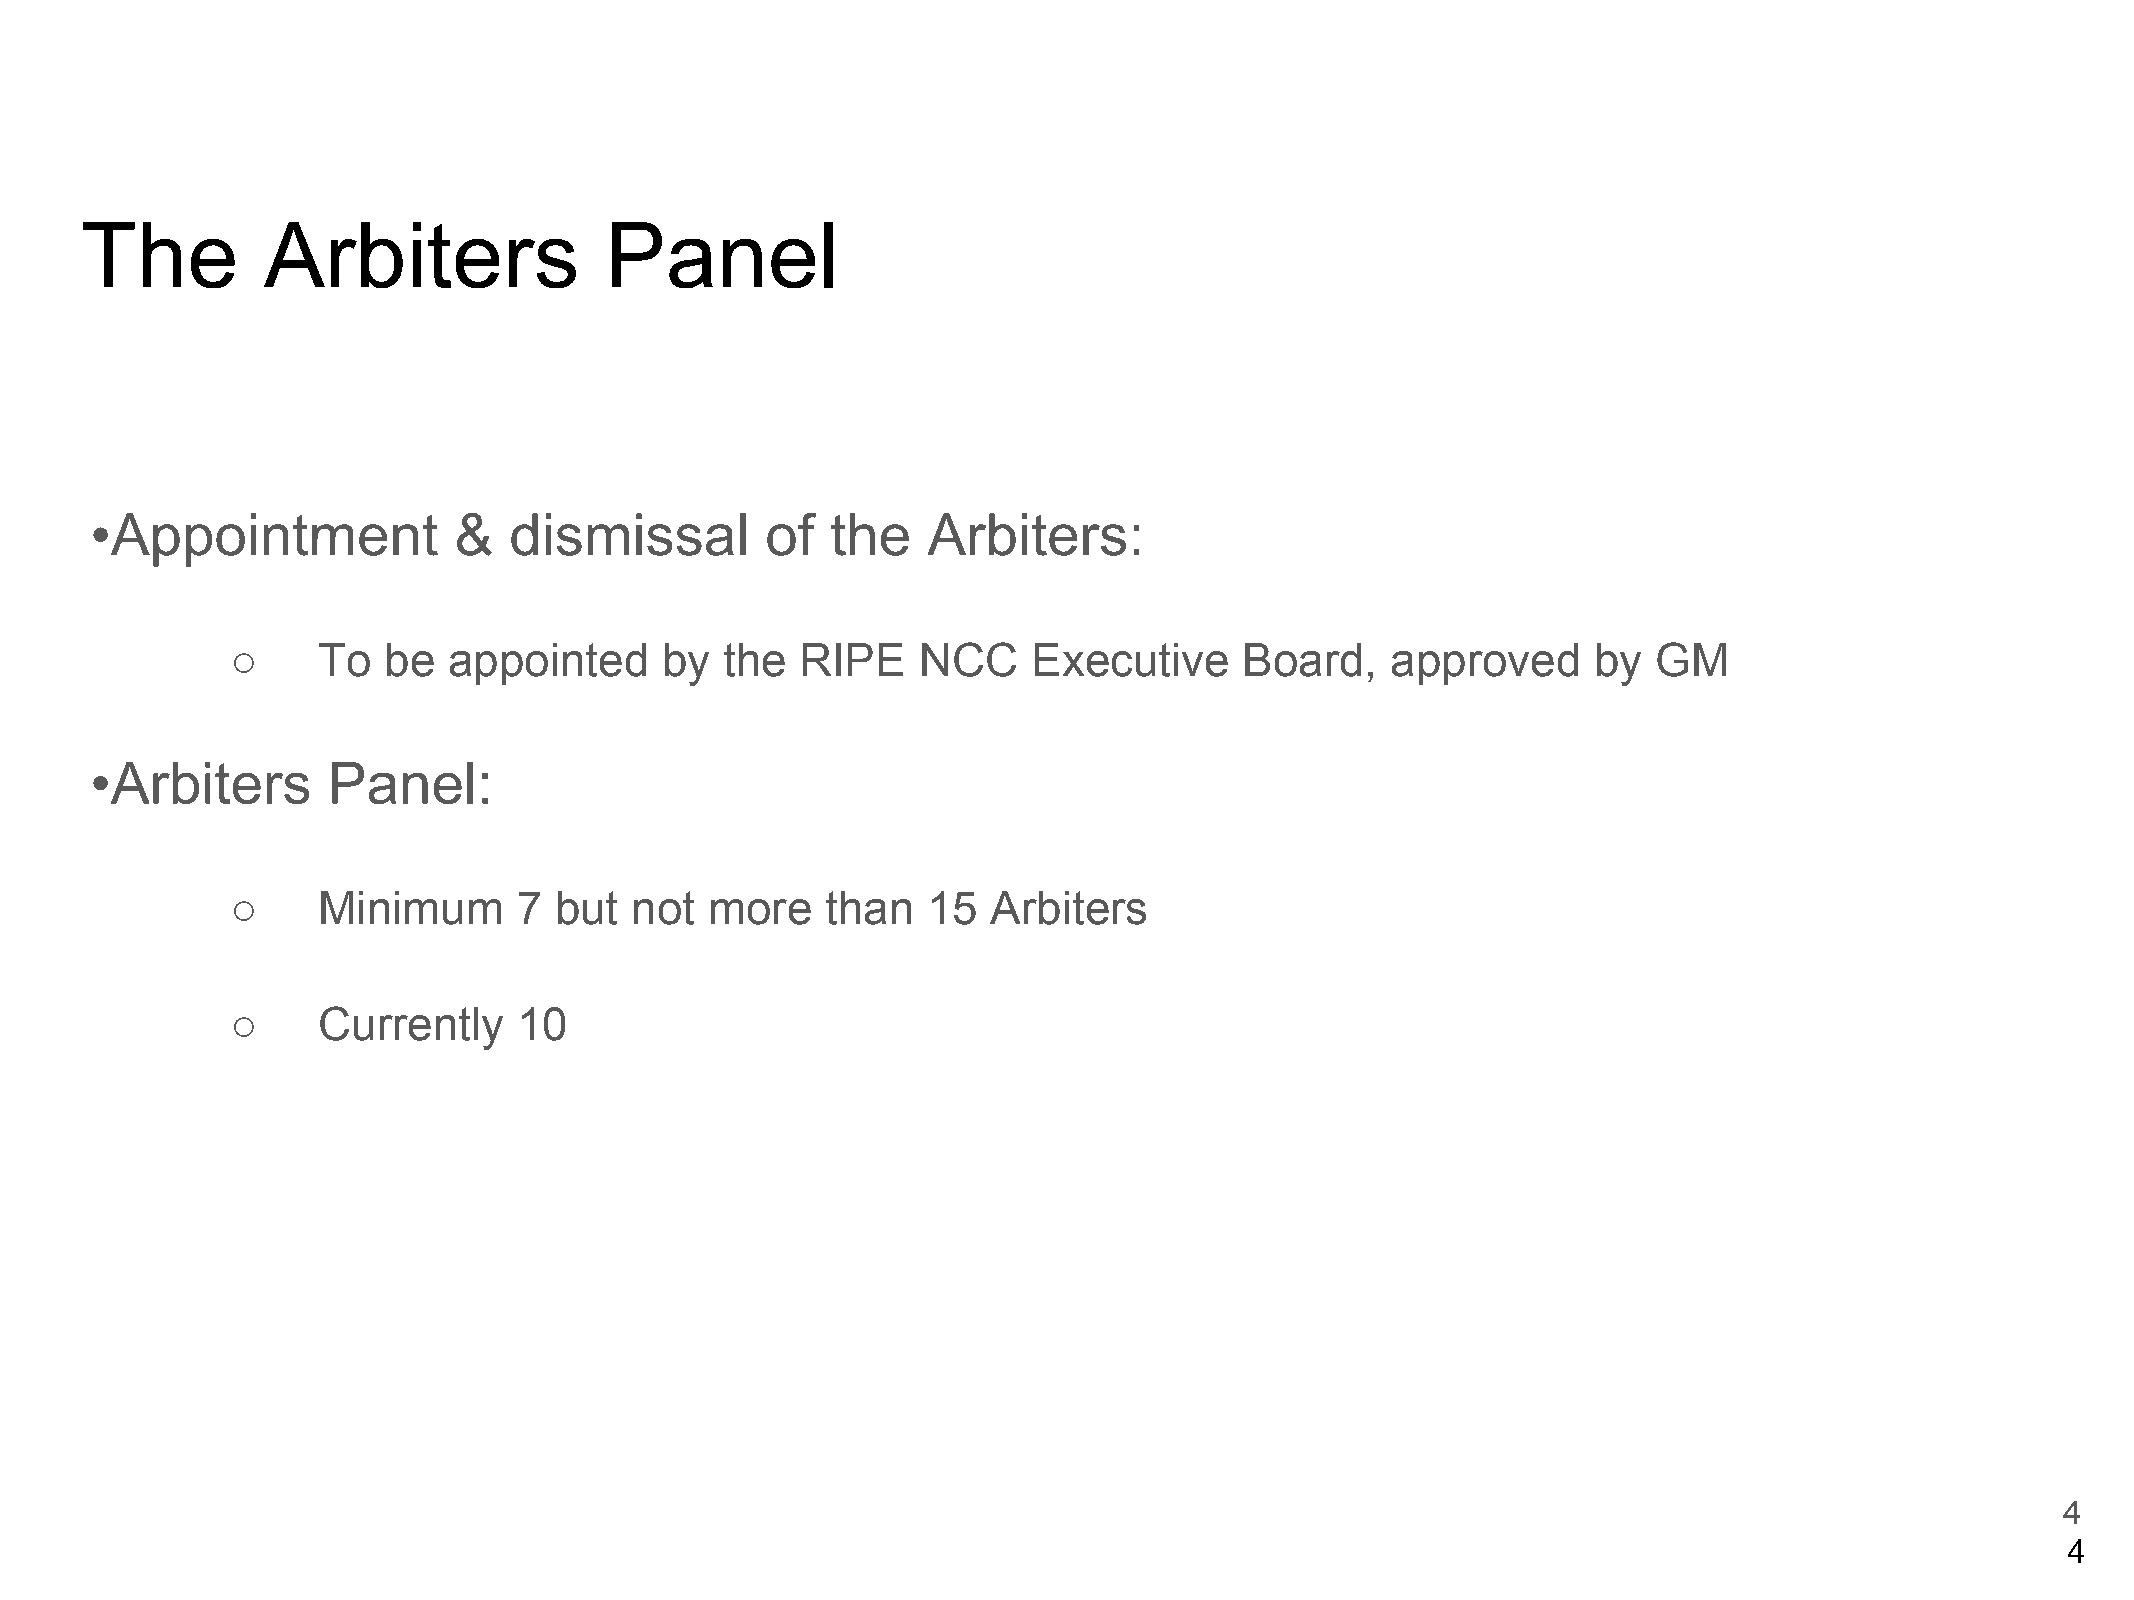
The         Arbiters               Panel
 •Appointment            &   dismissal        of  the   Arbiters:
 ○     To  be   appointed     by  the  RIPE    NCC    Executive     Board,    approved     by   GM
 •Arbiters       Panel:
 ○     Minimum      7  but  not  more    than  15   Arbiters
 ○     Currently    10
 4
 4